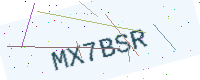
Text: MX7BSR